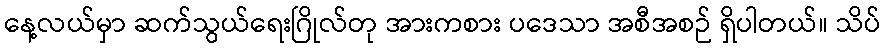
နေ့လယ်မှာ ဆက်သွယ်ရေးဂြိုလ်တု အားကစား ပဒေသာ အစီအစဉ် ရှိပါတယ်။ သိပ်